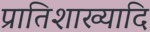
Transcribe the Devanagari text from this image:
प्रातिशाख्यादि